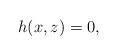
\begin{align*} h(x,z)=0, \end{align*}